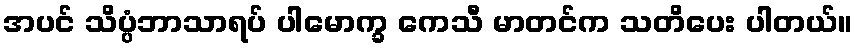
အပင် သိပ္ပံဘာသာရပ် ပါမောက္ခ ကေသီ မာတင်က သတိပေး ပါတယ်။